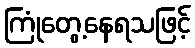
ကြုံတွေ့နေရသဖြင့်